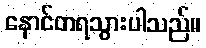
နောင်တရသွားပါသည်။